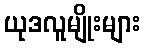
ယုဒလူမျိုးများ